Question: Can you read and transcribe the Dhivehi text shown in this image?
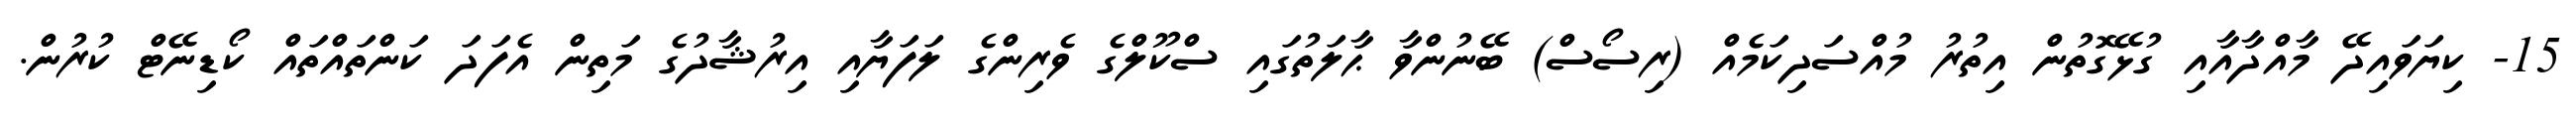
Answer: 15- ކިޔަވައިދޭ މާއްދާއާއި ގުޅޭގޮތުން އިތުރު މުއްސަދިކަމެއް (ރިސޯސް) ބޭނުންވާ ޙާލަތުގައި ސްކޫލްގެ ވެރިންގެ ލަފަޔާއި އިރުޝާދުގެ މަތިން އެފަދަ ކަންތައްތައް ކޯޑިނޭޓް ކުރުން.